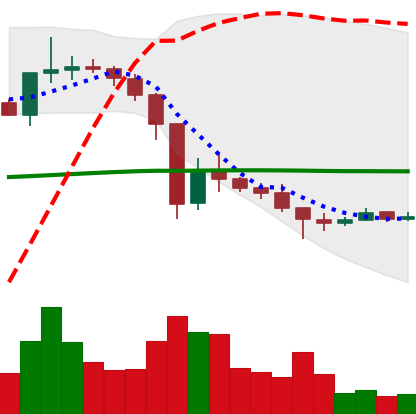
Ticker: XRP-USD
Chart end date: 2021-01-03
Forward return: 43.118%
Label: up_7plus